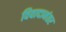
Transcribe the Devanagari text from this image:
विवादानंतर